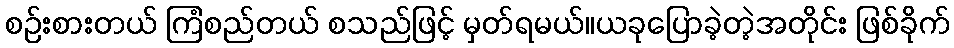
စဉ်းစားတယ် ကြံစည်တယ် စသည်ဖြင့် မှတ်ရမယ်။ယခုပြောခဲ့တဲ့အတိုင်း ဖြစ်ခိုက်